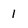
Character: 1